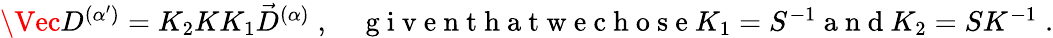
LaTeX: \begin{array}{r}{\Vec{D}^{(\alpha^{\prime})}=K_{2}KK_{1}\vec{D}^{(\alpha)}\; ,\quad\mathrm{~g~i~v~e~n~t~h~a~t~w~e~c~h~o~s~e~}K_{1}=S^{-1}\mathrm{~a~n~d~}K_{2}=SK^{-1}\; .}\end{array}